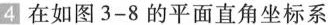
4 在如图3-8的平面直角坐标系